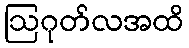
ဩဂုတ်လအထိ